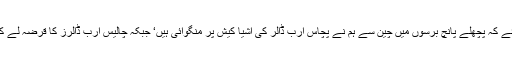
اگر قومی اسمبلی میں وزارت تجارت کی جانب سے یہ انکشاف کیا جائے کہ پچھلے پانچ برسوں میں چین سے ہم نے پچاس ارب ڈالر کی اشیا کیش پر منگوائی ہیں‘ جبکہ چالیس ارب ڈالرز کا قرضہ لے کر یہ اشیا خرید رہے تھے‘ تو بھی کسی کے کان پر جوں نہیں رینگتی۔